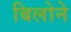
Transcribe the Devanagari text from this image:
बिलोने